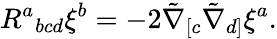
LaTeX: R^{a}{}_{bcd}\xi^{b}=-2\tilde{\nabla}_{[c}\tilde{\nabla}_{d]}\xi^{a}.